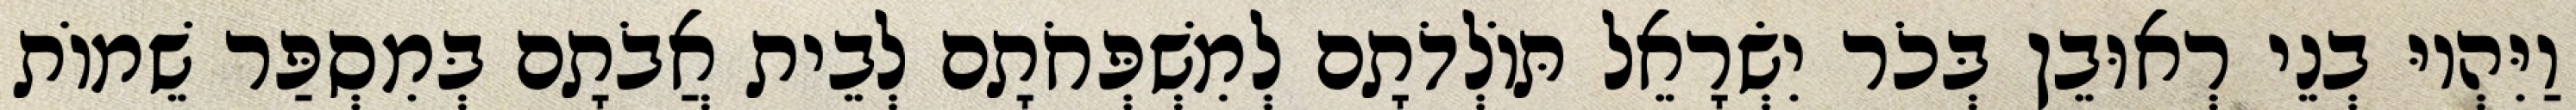
וַיִּהְיוּ בְנֵי רְאוּבֵן בְּכֹר יִשְׂרָאֵל תּוֹלְדֹתָם לְמִשְׁפְּחֹתָם לְבֵית אֲבֹתָם בְּמִסְפַּר שֵׁמוֹת